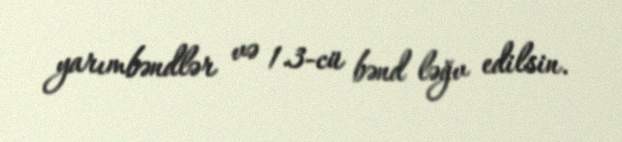
yarımbəndlər və 1.3-cü bənd ləğv edilsin.